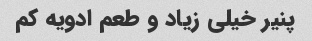
پنیر خیلی زیاد و طعم ادویه کم